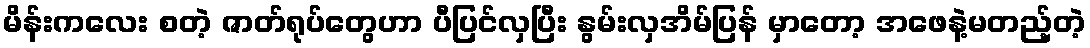
မိန်းကလေး စတဲ့ ဇာတ်ရုပ်တွေဟာ ပီပြင်လှပြီး နွမ်းလှအိမ်ပြန် မှာတော့ အဖေနဲ့မတည့်တဲ့